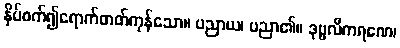
နှိပ်စက်၍ရောက်တတ်ကုန်သော။ ပညာယ၊ ပညာ၏။ ဒုဗ္ဗလီကရဏေ၊